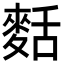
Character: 𪌩